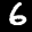
Label: 6